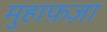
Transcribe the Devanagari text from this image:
मुहाफ़ज़ा